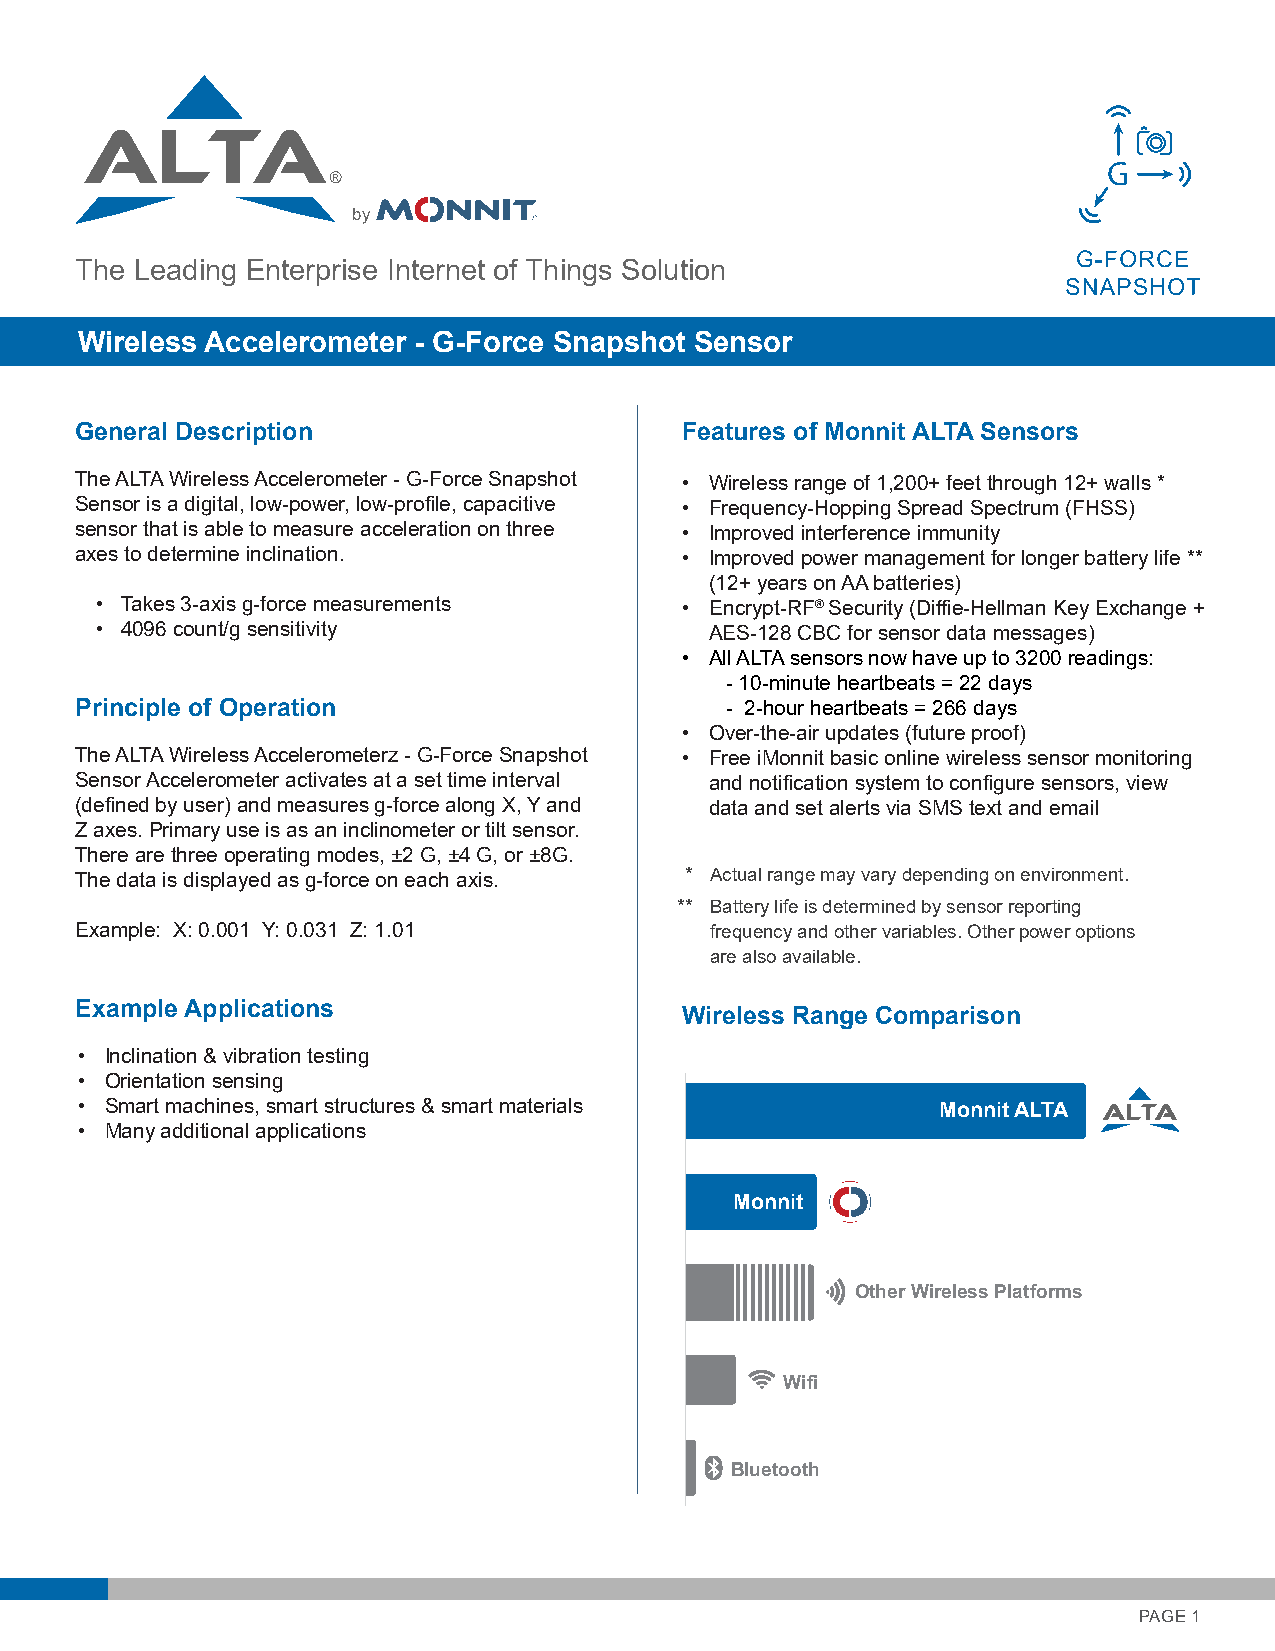
by
 The Leading Enterprise Internet of Things Solution
 Wireless Accelerometer - G-Force Snapshot Sensor
 General Description                     Features of Monnit ALTA Sensors
 The ALTA Wireless Accelerometer - G-Force Snapshot • Wireless range of 1,200+ feet through 12+ walls *
 Sensor is a digital, low-power, low-profile, capacitive • Frequency-Hopping Spread Spectrum (FHSS)
 sensor that is able to measure acceleration on three • Improved interference immunity
 axes to determine inclination.          • Improved power management for longer battery life **
 (12+ years on AA batteries)
 • Takes 3-axis g-force measurements    • Encrypt-RF® Security (Diffie-Hellman Key Exchange +
 • 4096 count/g sensitivity               AES-128 CBC for sensor data messages)
 • All ALTA sensors now have up to 3200 readings:
 - 10-minute heartbeats = 22 days
 Principle of Operation                     - 2-hour heartbeats = 266 days
 • Over-the-air updates (future proof)
 The ALTA Wireless Accelerometerz - G-Force Snapshot • Free iMonnit basic online wireless sensor monitoring
 Sensor Accelerometer activates at a set time interval and notification system to configure sensors, view
 (defined by user) and measures g-force along X, Y and data and set alerts via SMS text and email
 Z axes. Primary use is as an inclinometer or tilt sensor.
 There are three operating modes, ±2 G, ±4 G, or ±8G.
 The data is displayed as g-force on each axis. * Actual range may vary depending on environment.
 ** Battery life is determined by sensor reporting
 Example: X: 0.001 Y: 0.031 Z: 1.01        frequency and other variables. Other power options
 are also available.
 Example Applications
 Wireless Range Comparison
 Wireless Range  Comparison
 • Inclination & vibration testing
 • Orientation sensing
 • Smart machines, smart structures & smart materials     Monnit ALTA
 • Many additional applications
 Monnit
 Other Wireless Platforms
 Wifi
 Bluetooth
 PAGE 1